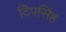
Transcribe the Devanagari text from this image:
दिपसिंह